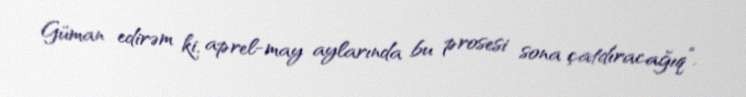
Güman edirəm ki, aprel-may aylarında bu prosesi sona çatdıracağıq”.